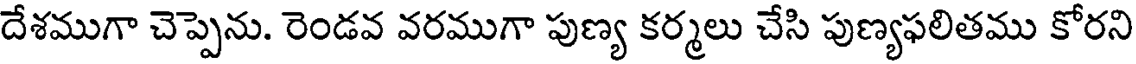
దేశముగా చెప్పెను. రెండవ వరముగా పుణ్య కర్మలు చేసి పుణ్యఫలితము కోరని